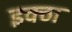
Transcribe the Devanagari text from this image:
इक्ठा